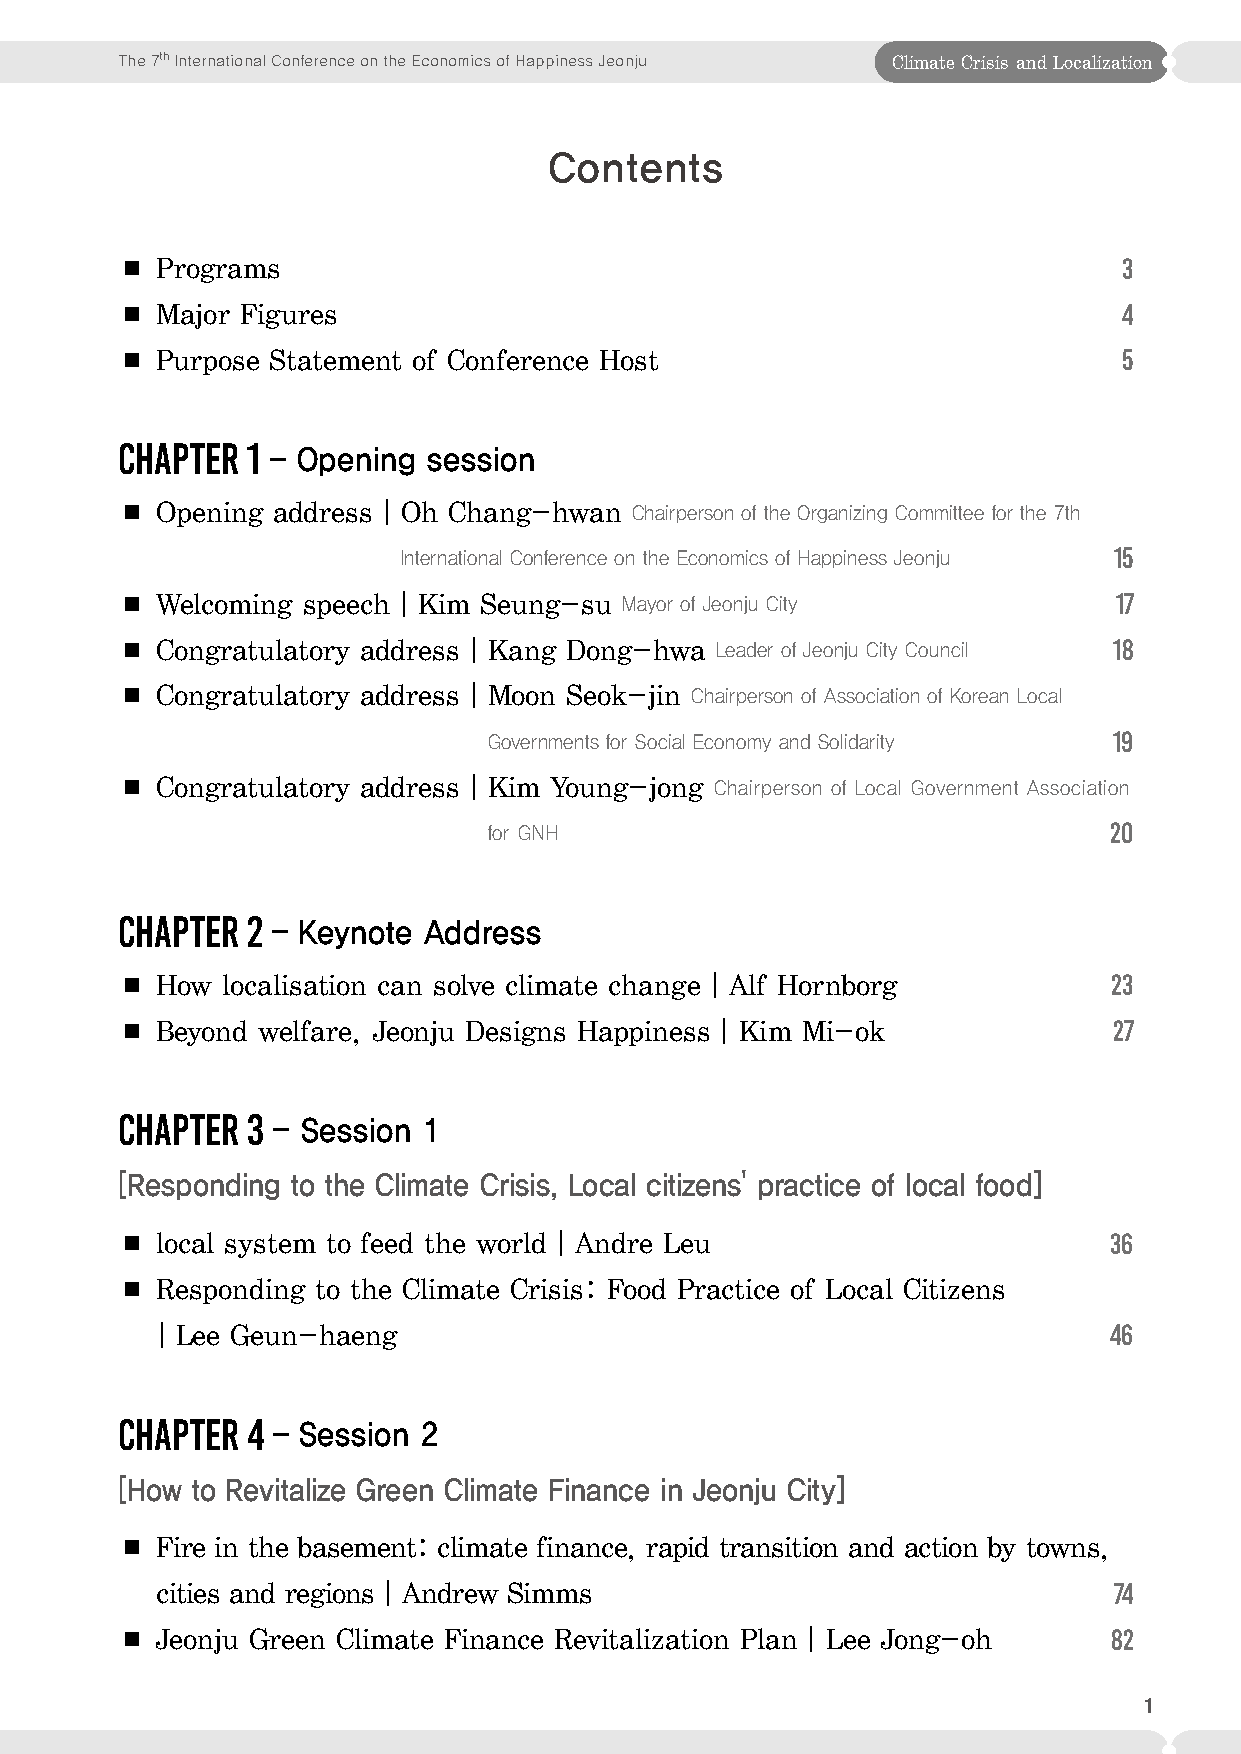
The 7th International Conference on the Economics of Happiness Jeonju Climate Crisis and Localization
 Contents
 ■ Programs                                                        3
 ■ Major Figures                                                   4
 ■ Purpose Statement of Conference Host                            5
 CHAPTER 1 - Opening session
 ■ Opening addressㅣO h Chang-hwan Chairperson of the Organizing Committee for the 7th
 International Conference on the Economics of Happiness Jeonju 15
 ■ Welcoming speechㅣKim  Seung-su Mayor of Jeonju City             17
 ■ Congratulatory addressㅣKang Dong-hwa Leader of Jeonju City Council 18
 ■ Congratulatory addressㅣMoon Seok-jin Chairperson of Association of Korean Local
 Governments for Social Economy and Solidarity 19
 ■ Congratulatory addressㅣKim Young-jong Chairperson of Local Government Association
 for GNH                                  20
 CHAPTER 2 – Keynote Address
 ■ How  localisation can solve climate changeㅣAlf Hornborg         23
 ■ Beyond welfare, Jeonju Designs HappinessㅣKim Mi-ok              27
 CHAPTER 3 – Session 1
 [Responding to the Climate Crisis, Local citizens' practice of local food]
 ■ local system to feed the worldㅣAndre Leu                       36
 ■ Responding to the Climate Crisis: Food Practice of Local Citizens
 ㅣLee Geun-haeng                                               46
 CHAPTER 4 – Session 2
 [How to Revitalize Green Climate Finance in Jeonju City]
 ■ Fire in the basement: climate finance, rapid transition and action by towns,
 cities and regionsㅣAndrew Simms                               74
 ■ Jeonju Green Climate Finance Revitalization PlanㅣLee Jong-oh    82
 1